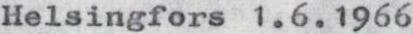
Helsingfors 1.6.1966